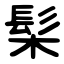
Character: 髤